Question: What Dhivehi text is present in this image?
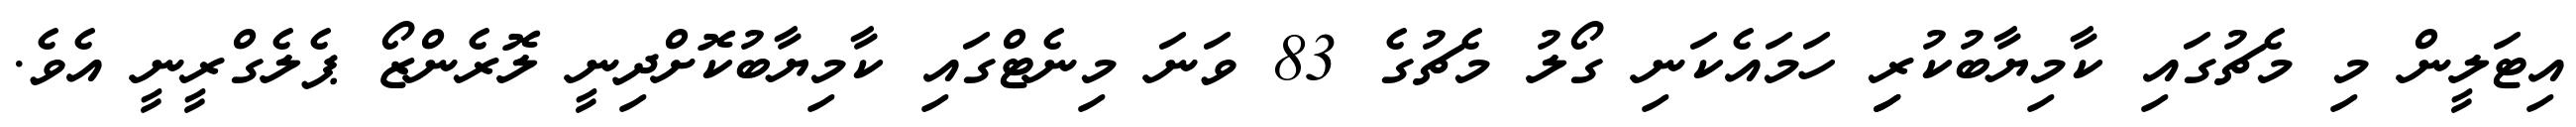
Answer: އިޓަލީން މި މެޗުގައި ކާމިޔާބުކުރިި ހަމައެކަނި ގޯލު މެޗުގެ 83 ވަނަ މިނެޓްގައި ކާމިޔާބުކޮށްދިނީ ލޮރެންޒޯ ޕެލެގްރީނީ އެވެ.